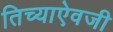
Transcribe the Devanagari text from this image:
तिच्याऐवजी